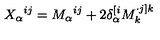
X _ { \alpha } { } ^ { i j } = M _ { \alpha } { } ^ { i j } + 2 \delta _ { \alpha } ^ { [ i } M _ { k } ^ { \cdot j ] k }